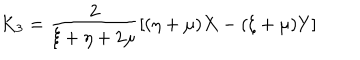
K _ { 3 } = \frac { 2 } { \xi + \eta + 2 \mu } \left[ ( \eta + \mu ) X - ( \xi + \mu ) Y \right]